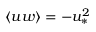
\langle u w \rangle = - u _ { \ast } ^ { 2 }